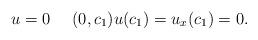
LaTeX: \begin{align*}u=0\ \ \ \ (0,c_1)u(c_1)=u_x(c_1)=0.\end{align*}